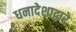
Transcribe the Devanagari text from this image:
धनादेशाद्वारे